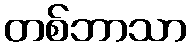
တစ်ဘာသာ